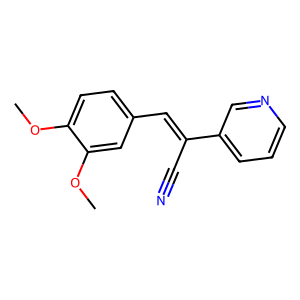
SMILES: COc1ccc(C=C(C#N)c2cccnc2)cc1OC
Inhibits HIV replication: No